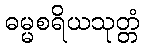
ဓမ္မစရိယသုတ္တံ